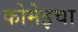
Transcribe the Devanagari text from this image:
कोमेइचा